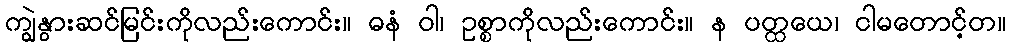
ကျွဲနွားဆင်မြင်းကိုလည်းကောင်း။ ဓနံ ဝါ၊ ဥစ္စာကိုလည်းကောင်း။ န ပတ္ထယေ၊ ငါမတောင့်တ။